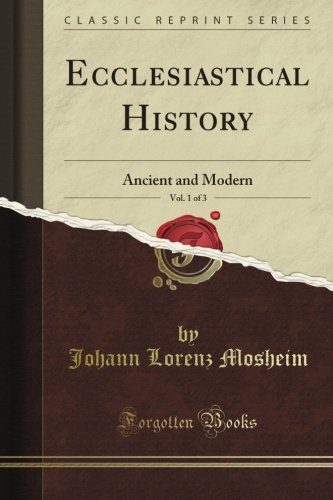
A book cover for Institutes of Ecclesiastical History: Ancient and Modern, in Four Books, Much Corrected, Enlarged, and Improved from the Primary Authorities, Vol. 1 of 4 (Classic Reprint); Johann Lorenz Mosheim; History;